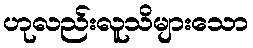
ဟုလည်းလူသိများသော